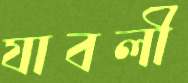
যাবলী